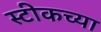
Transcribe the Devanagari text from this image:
स्टीकच्या